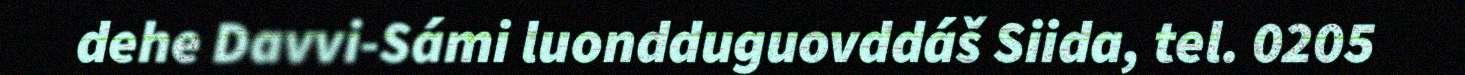
dehe Davvi-Sámi luondduguovddáš Siida, tel. 0205